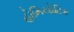
હોમિયોટિક